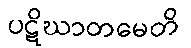
ပဋိဃာတမေတိ